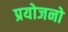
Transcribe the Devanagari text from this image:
प्रयोजनो